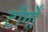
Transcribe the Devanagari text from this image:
टाँर्गों